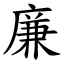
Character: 廉